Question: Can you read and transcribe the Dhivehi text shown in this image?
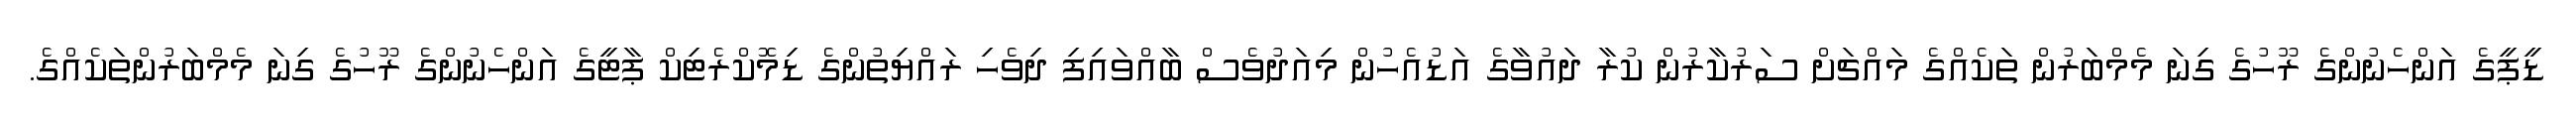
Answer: ޑީޕީގެ އަންހެނުންގެ ރޫހުގެ ގިނަ މެމްބަރުން ތަކެއްގެ މައްޗަށް ސަރުކާރުން ކުރާ ދައުވާގެ އަޑުއެހުން މިއަދުވެސް ބާއްވައިފި ދިވެހި ރައްޔިތުންގެ ޑިމޮކްރެޓިކް ޕާޓީގެ އަންހެނުންގެ ރޫހުގެ ގިނަ މެމްބަރުންތަކެއްގެ.